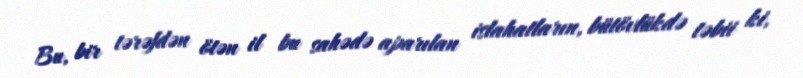
Bu, bir tərəfdən ötən il bu sahədə aparılan islahatların, bütövlükdə təbii ki,